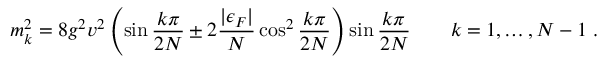
m _ { k } ^ { 2 } = 8 g ^ { 2 } v ^ { 2 } \left( \sin \frac { k \pi } { 2 N } \pm 2 \frac { | \epsilon _ { F } | } { N } \cos ^ { 2 } \frac { k \pi } { 2 N } \right) \sin \frac { k \pi } { 2 N } \qquad k = 1 , \ldots , N - 1 \; .